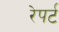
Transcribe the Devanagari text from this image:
रेपर्ट